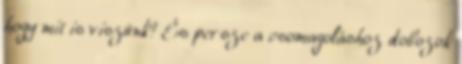
hogy mit is viszünk? És persze a csomagoláshoz dobozok